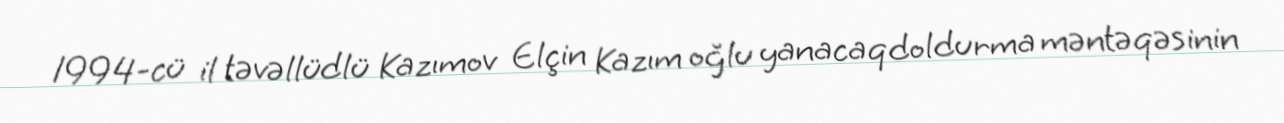
1994-cü il təvəllüdlü Kazımov Elçin Kazım oğlu yanacaqdoldurma məntəqəsinin